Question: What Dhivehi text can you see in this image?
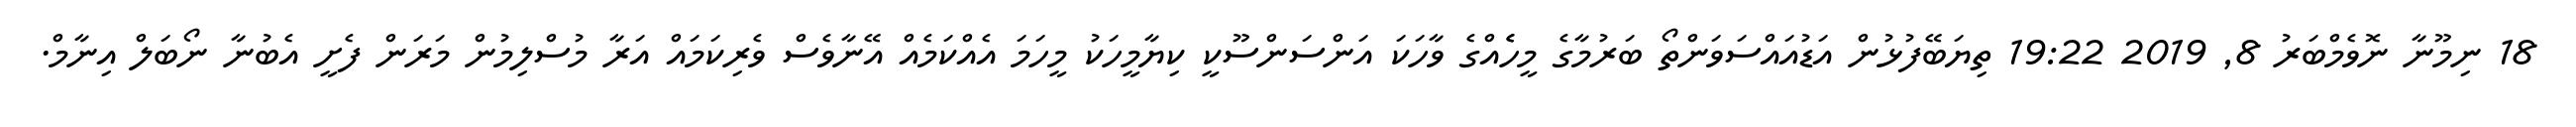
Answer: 18 ނިމޫނާ ނޮވެމްބަރު 8, 2019 19:22 ތިޔަބޭފުޅުން އަޑުއައްސަވަންތޯ ބަރުމާގެ މީހެެއްގެ ވާހަކަ އަންސަންސޫކީ ކިޔާމީހަކު މީހަމަ އެއްކަމެއް އޭނާވެސް ވެރިކަމައް އަރާ މުސްލިމުން މަރަން ފެށީ އެބުނާ ނޯބަލް އިނާމް.